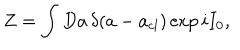
Z = \int D a \, \delta ( a - a _ { c l } ) \exp i I _ { 0 } ,